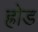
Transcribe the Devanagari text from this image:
ह्रोड